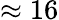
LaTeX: \approx 16